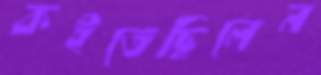
কইতেছিলেন